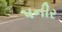
પનીર